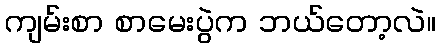
ကျမ်းစာ စာမေးပွဲက ဘယ်တော့လဲ။